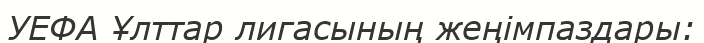
УЕФА Ұлттар лигасының жеңімпаздары: